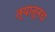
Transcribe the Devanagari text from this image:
त्‍यातूनच